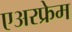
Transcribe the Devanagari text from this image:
एअरफ्रेम